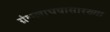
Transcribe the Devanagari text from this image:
ग्रंथलाघवासारख्या